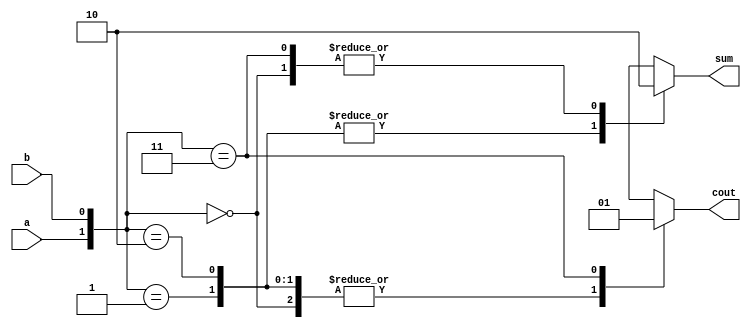
module halfadderbehavioral(a,b,sum,cout);
    input a;
    input b;
    output reg sum;
    output reg cout;
always @(*)
    case ({a,b})
    2'b00: begin sum=0;cout=0; end
    2'b01: begin sum=1;cout=0; end
    2'b10: begin sum=1;cout=0; end
    2'b11: begin sum=0;cout=1; end
    default:begin sum=0;cout=0; end
    endcase
endmodule